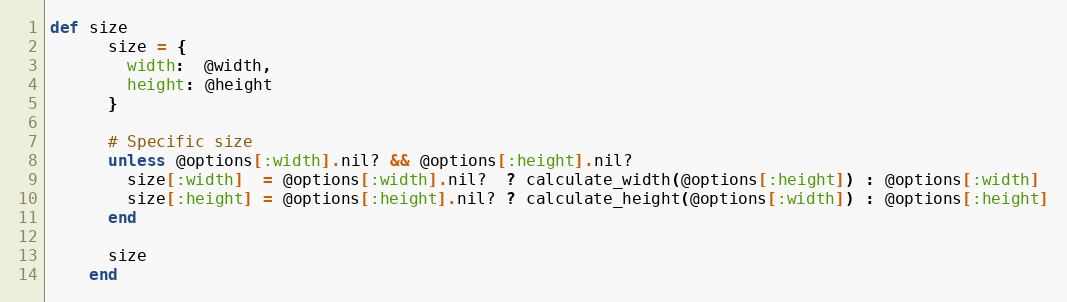
Language: Ruby
def size
      size = {
        width:  @width,
        height: @height
      }

      # Specific size
      unless @options[:width].nil? && @options[:height].nil?
        size[:width]  = @options[:width].nil?  ? calculate_width(@options[:height]) : @options[:width]
        size[:height] = @options[:height].nil? ? calculate_height(@options[:width]) : @options[:height]
      end

      size
    end